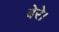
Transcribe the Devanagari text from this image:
बेरे।